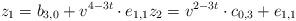
LaTeX: \begin{align*}z_1=b_{3,0}+v^{4-3t}\cdot e_{1,1} z_2=v^{2-3t}\cdot c_{0,3}+e_{1,1}\end{align*}